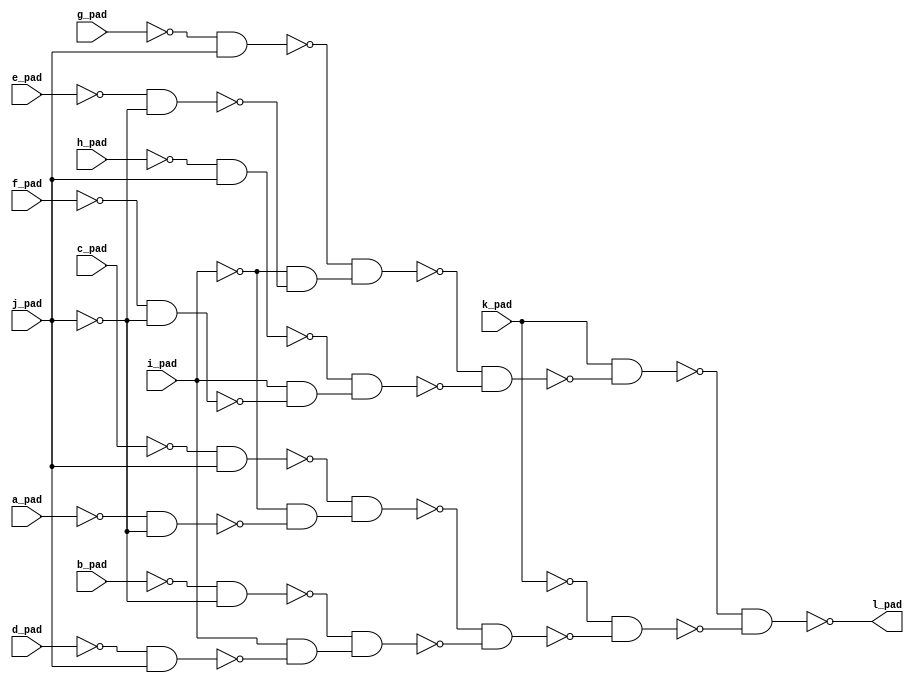
module top( a_pad , b_pad , c_pad , d_pad , e_pad , f_pad , g_pad , h_pad , i_pad , j_pad , k_pad , l_pad );
  input a_pad ;
  input b_pad ;
  input c_pad ;
  input d_pad ;
  input e_pad ;
  input f_pad ;
  input g_pad ;
  input h_pad ;
  input i_pad ;
  input j_pad ;
  input k_pad ;
  output l_pad ;
  wire n12 , n13 , n14 , n15 , n16 , n17 , n18 , n19 , n20 , n21 , n22 , n23 , n24 , n25 , n26 , n27 , n28 , n29 , n30 , n31 , n32 ;
  assign n13 = ~g_pad & j_pad ;
  assign n12 = ~e_pad & ~j_pad ;
  assign n14 = ~i_pad & ~n12 ;
  assign n15 = ~n13 & n14 ;
  assign n17 = ~h_pad & j_pad ;
  assign n16 = ~f_pad & ~j_pad ;
  assign n18 = i_pad & ~n16 ;
  assign n19 = ~n17 & n18 ;
  assign n20 = ~n15 & ~n19 ;
  assign n21 = k_pad & ~n20 ;
  assign n23 = ~c_pad & j_pad ;
  assign n22 = ~a_pad & ~j_pad ;
  assign n24 = ~i_pad & ~n22 ;
  assign n25 = ~n23 & n24 ;
  assign n27 = ~b_pad & ~j_pad ;
  assign n26 = ~d_pad & j_pad ;
  assign n28 = i_pad & ~n26 ;
  assign n29 = ~n27 & n28 ;
  assign n30 = ~n25 & ~n29 ;
  assign n31 = ~k_pad & ~n30 ;
  assign n32 = ~n21 & ~n31 ;
  assign l_pad = ~n32 ;
endmodule